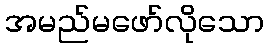
အမည်မဖော်လိုသော